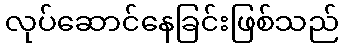
လုပ်ဆောင်နေခြင်းဖြစ်သည်